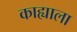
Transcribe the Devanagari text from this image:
काह्याला